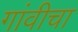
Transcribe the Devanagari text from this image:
गांवीचा